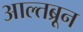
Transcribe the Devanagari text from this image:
आल्तब्रून